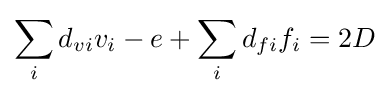
\sum _{i}d_{vi}v_{i}-e+\sum _{i}d_{fi}f_{i}=2D